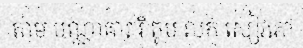
តាម បណ្ណាគារ រឺ តូប លក់ សៀវភៅ